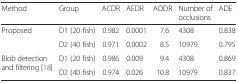
<table><thead><tr><td><b>Method</b></td><td><b>Group</b></td><td><b>ACDR</b></td><td><b>AEDR</b></td><td><b>AODR</b></td><td><b>Number of occlusions</b></td><td><b>ADE</b></td></tr></thead><tbody><tr><td rowspan="2">Proposed</td><td>D1 (20 fish)</td><td>0.982</td><td>0.0001</td><td>7.6</td><td>4308</td><td>0.838</td></tr><tr><td>D2 (40 fish)</td><td>0.971</td><td>0.0002</td><td>8.5</td><td>10979</td><td>0.795</td></tr><tr><td rowspan="2">Blob detection and filtering [18]</td><td>D1 (20 fish)</td><td>0.986</td><td>0.009</td><td>9.4</td><td>4308</td><td>0.869</td></tr><tr><td>D2 (40 fish)</td><td>0.974</td><td>0.026</td><td>10.8</td><td>10979</td><td>0.837</td></tr></tbody></table>